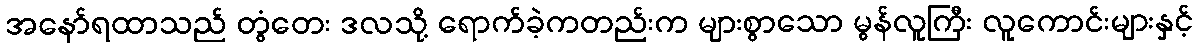
အနော်ရထာသည် တွံတေး ဒလသို့ ရောက်ခဲ့ကတည်းက များစွာသော မွန်လူကြီး လူကောင်းများနှင့်